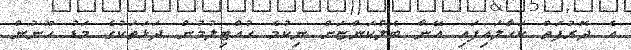
އެ ދޮރުފަތް ކަހާލައިފައި އޭނާ ބެލްކަންޏަށް ނިކުމެ ހުއްޓިލުމުން ދަޅަތަކުގެ މަޑު ހޫނުން